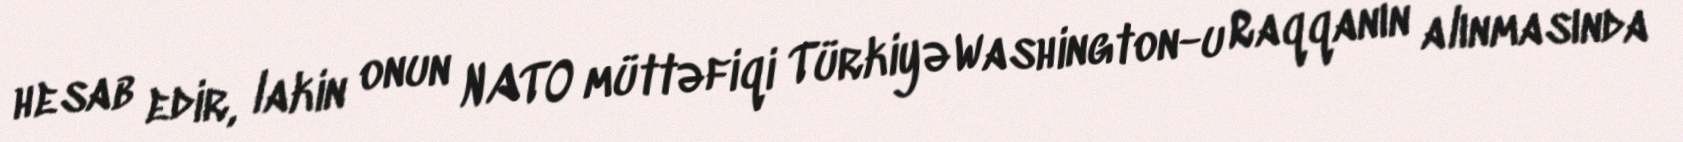
hesab edir, lakin onun NATO müttəfiqi Türkiyə Washington-u Raqqanın alınmasında